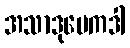
အသာဒုမေကဒါ